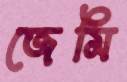
জেমি